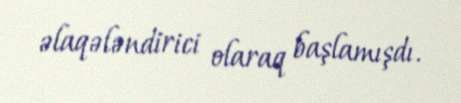
əlaqələndirici olaraq başlamışdı.